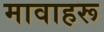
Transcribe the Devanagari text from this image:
मावाहरू